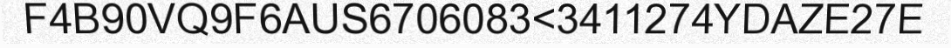
F4B90VQ9F6AUS6706083<3411274YDAZE27E